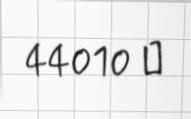
44010 ₼